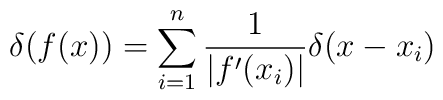
\delta(f(x))=\sum_{i=1}^n\frac{1}{|f^{\prime}(x_i)|}\delta(x-x_i)